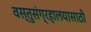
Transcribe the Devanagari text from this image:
वस्तुसंग्रहालयासाठी